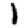
Digit: 1